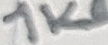
Text: 1KΩ